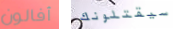
أفالون سيقتلونك